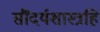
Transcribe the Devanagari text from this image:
सौंदर्यशास्त्रहि